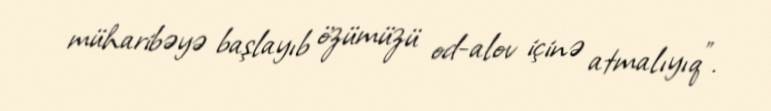
müharibəyə başlayıb özümüzü od-alov içinə atmalıyıq".